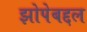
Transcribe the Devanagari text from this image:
झोपेबद्दल